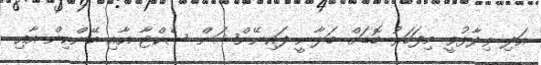
އަދި ވިދާޅުވީ މިފަހަރު ބޮޑަށް ބަލާނީ ފައިނޭންޝަން ސެކްޓާ އާއި ބޭންކިން އާއި